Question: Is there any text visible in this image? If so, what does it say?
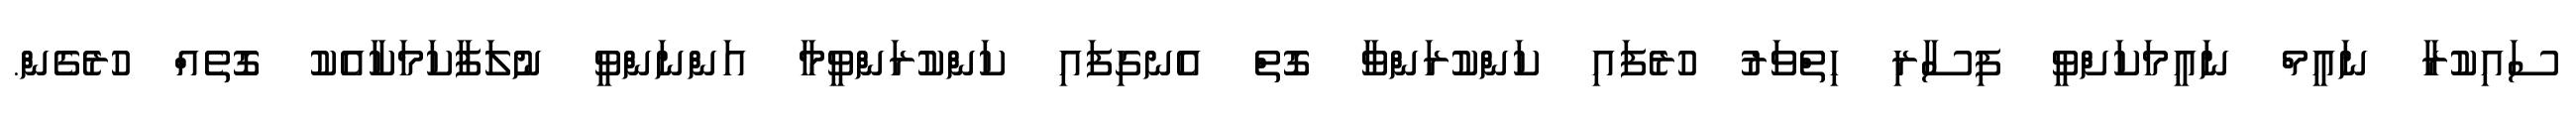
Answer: ސައިކުރާ ނައީމް ނައީމަކަށްވީ ފިސާރި ހިތްވަރު ހުރެފައި ކަންކުރަންވާ ގޮތް އެނގިފައި ކަންކުރަންވީމާ އަންނަންވީ ނުލަފާކަމަކާއެކު ގޮތެއް ހުރެގެން.